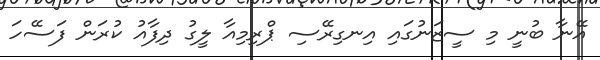
އޭނާ ބުނީ މި ސީޒަނުގައި އިނގިރޭސި ޕްރިމިއާ ލީގު ދިފާއު ކުރަން ފަސޭހަ